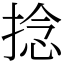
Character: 捻